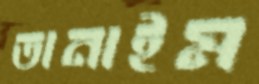
তানাইম